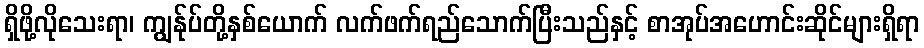
ရှိဖို့လိုသေးရာ၊ ကျွန်ုပ်တို့နှစ်ယောက် လက်ဖက်ရည်သောက်ပြီးသည်နှင့် စာအုပ်အဟောင်းဆိုင်များရှိရာ